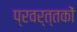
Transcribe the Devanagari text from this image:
प्रवर्त्तकों